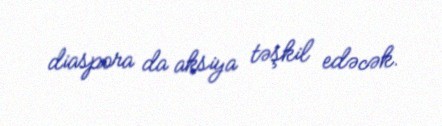
diaspora da aksiya təşkil edəcək.